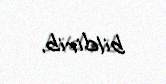
bildirib.